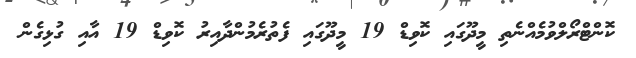
ކޮންޓްރޯލްވުމެއްނެތި މީދޫގައި ކޮވިޑް 19 މީދޫގައި ފެތުރެމުންދާއިރު ކޮވިޑް 19 އާއި ގުޅިގެން